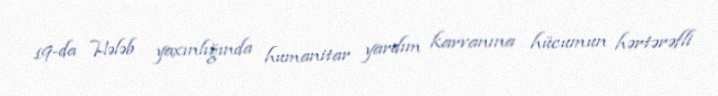
19-da Hələb yaxınlığında humanitar yardım karvanına hücumun hərtərəfli